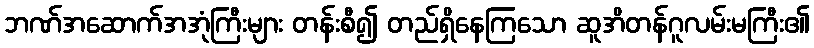
ဘဏ်အဆောက်အအုံကြီးများ တန်းစီ၍ တည်ရှိနေကြသော ဆူအိတန်ဂူလမ်းမကြီး၏